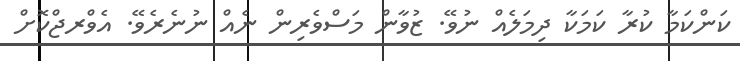
ކަންކަމާ ކުރާ ކަމަކާ ދިމަލެއް ނުވޭ. ޒުވާން މަސްވެރިން ނެއް ނުނެރެވޭ. އެވްރޖްކޮށް